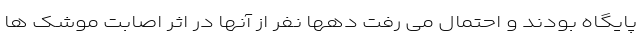
پایگاه بودند و احتمال می رفت دهها نفر از آنها در اثر اصابت موشک ها